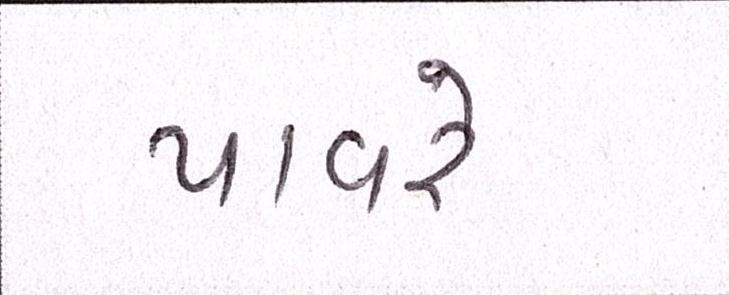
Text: પાવરે